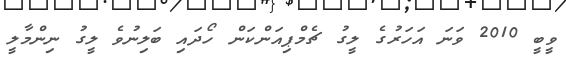
ވީބީ 2010 ވަނަ އަހަރުގެ ލީގު ޗެމްޕިއަންކަން ހޯދައި ބަލިނުވެ ލީގު ނިންމާލީ